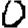
Digit: 0